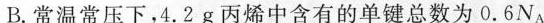
B.常温常压下，4.2g丙烯中含有的单键总数为0.6NA